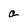
Character: a